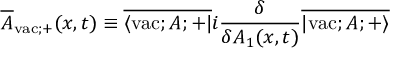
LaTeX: \overline { { { \cal A } } } _ { \mathrm { v a c } ; + } ( x , t ) \equiv \overline { { { \langle \mathrm { v a c } ; A ; + | } } } i \frac { \delta } { \delta A _ { 1 } ( x , t ) } \overline { { { | \mathrm { v a c } ; A ; + \rangle } } }